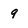
Character: 9